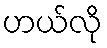
ဟယ်လို